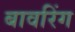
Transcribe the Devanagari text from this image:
बावरिंग